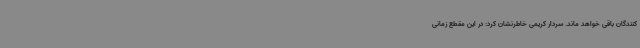
کنندگان باقی خواهد ماند. سردار کریمی خاطرنشان کرد: در این مقطع زمانی